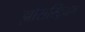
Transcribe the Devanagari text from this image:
झोरास्ट्रियन